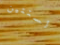
السنتين